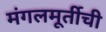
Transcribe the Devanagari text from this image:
मंगलमूर्तीची